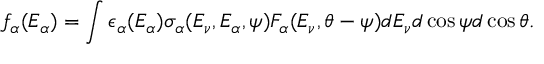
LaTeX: f _ { \alpha } ( E _ { \alpha } ) = \int \epsilon _ { \alpha } ( E _ { \alpha } ) \sigma _ { \alpha } ( E _ { \nu } , E _ { \alpha } , \psi ) F _ { \alpha } ( E _ { \nu } , \theta - \psi ) d E _ { \nu } d \cos \psi d \cos \theta .